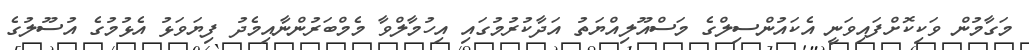
މަގާމުން ވަކިކޮށްފައިވަނީ އެކައުންސިލްގެ މަސްއޫލިއްޔަތު އަދާކުރުމުގައި އިހުމާލްވާ މެމްބަރުންނާއިމެދު ފިޔަވަޅު އެޅުމުގެ އުސޫލުގެ